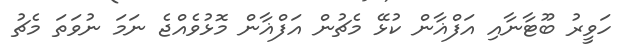
ހަވީރު ބޫޓާނާއި އަފްޣާން ކުޅޭ މެޗުން އަފްޣާން މޮޅުވެއްޖެ ނަމަަ ނުވަތަ މެޗު